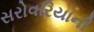
સરોવરિયાની